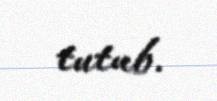
tutub.